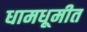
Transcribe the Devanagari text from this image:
धामधूमीत